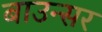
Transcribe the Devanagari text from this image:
बाउन्सर